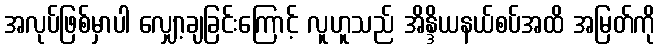
အလုပ်ဖြစ်မှာပါ လျှော့ချခြင်းကြောင့် လူဟူသည် အိန္ဒိယနယ်စပ်အထိ အမြတ်ကို